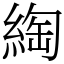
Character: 綯